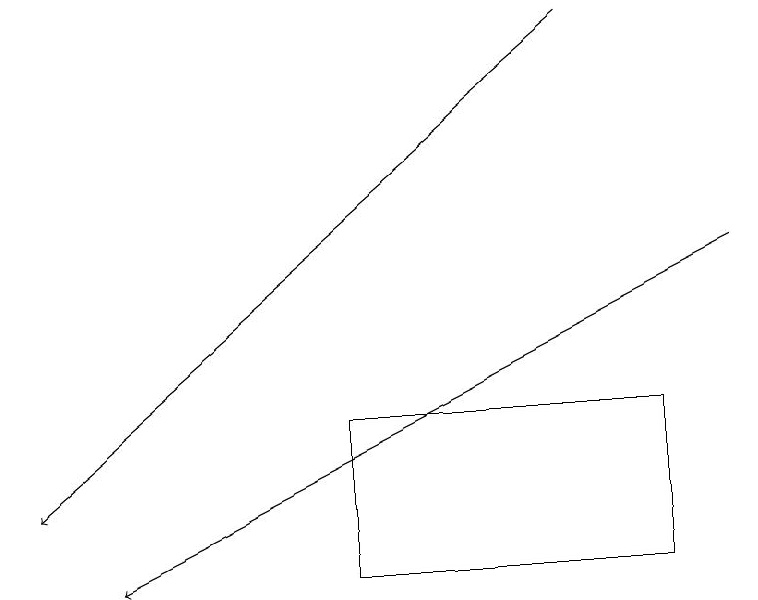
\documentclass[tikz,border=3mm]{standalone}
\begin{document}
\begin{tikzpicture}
\draw[->] (7,18) -- (0,12);
\draw[->] (9,15) -- (1,11);
\draw (8,13) rectangle (4,11);
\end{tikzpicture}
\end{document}